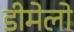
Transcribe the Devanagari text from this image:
डीमेलो